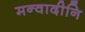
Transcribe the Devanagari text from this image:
मन्वादीनि